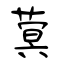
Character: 蓂